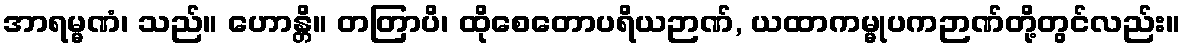
အာရမ္မဏံ၊ သည်။ ဟောန္တိ။ တတြာပိ၊ ထိုစေတောပရိယဉာဏ်, ယထာကမ္မုပကဉာဏ်တို့တွင်လည်း။